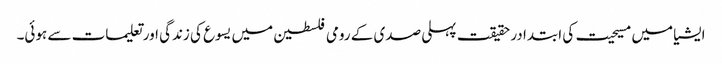
ایشیا میں مسیحیت کی ابتدا در حقیقت پہلی صدی کے رومی فلسطین میں یسوع کی زندگی اور تعلیمات سے ہوئی۔